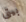
بيتى